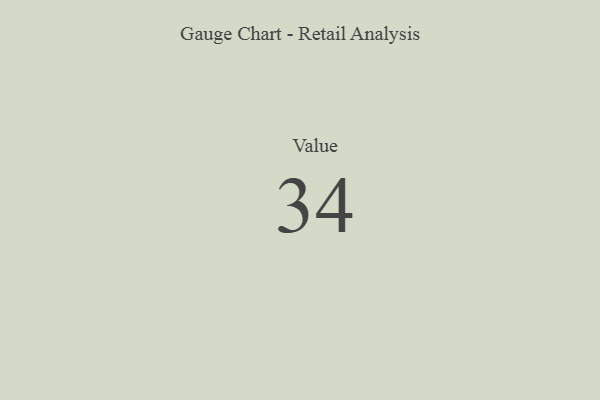
{"axis": {"x": "Metric", "y": "Value"}, "legend": [""], "data": [{"x": "Value", "y": 34, "type": ""}]}